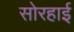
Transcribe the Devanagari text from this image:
सोरहाई